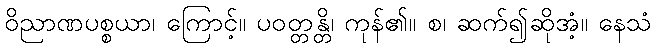
ဝိညာဏပစ္စယာ၊ ကြောင့်။ ပဝတ္တန္တိ၊ ကုန်၏။ စ၊ ဆက်၍ဆိုအံ့။ နေသံ